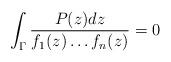
LaTeX: \begin{align*}\int_{\Gamma}\frac{P(z) dz}{f_1(z)\ldots f_n(z)}=0\end{align*}